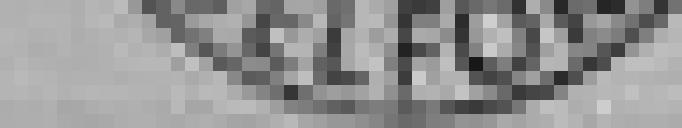
de Belfort